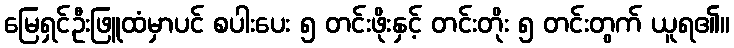
မြေရှင်ဦးဖြူထံမှာပင် စပါးပေး ၅ တင်းဖိုးနှင့် တင်းတိုး ၅ တင်းတွက် ယူရ၏။